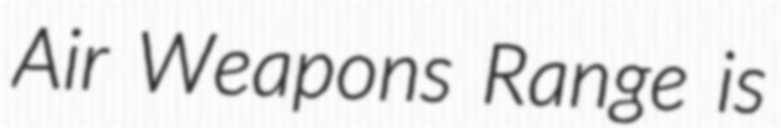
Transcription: Air Weapons Range is